Annual report on the Civil Veterinary Department, Burma (including the Insein Veterinary School) - 1910-1922
Year: 1910
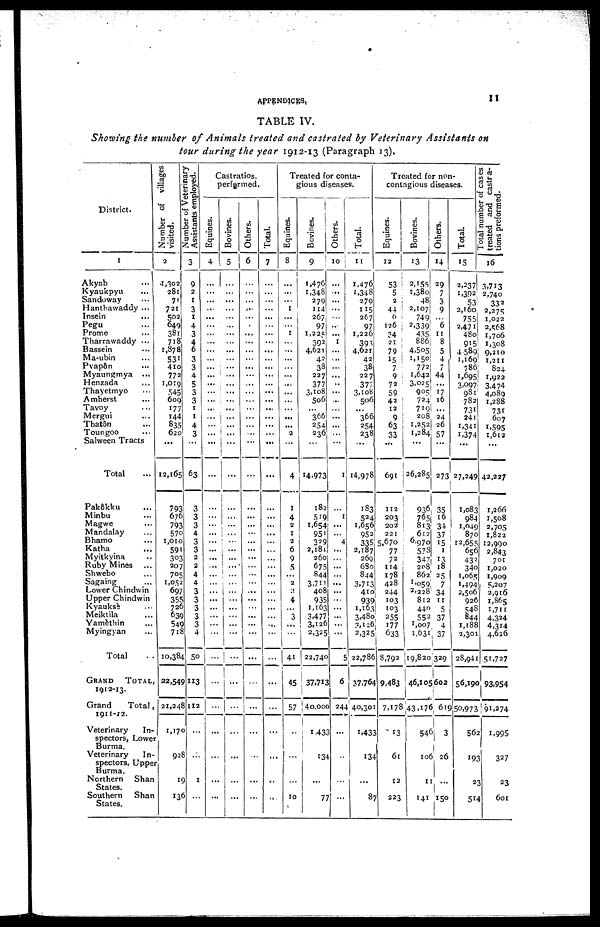
APPENDICES,
11
TABLE IV.
Showing the number of Animals treated and castrated by Veterinary Assistants on
tour during the year 1912-13 (Paragraph 13).
District.
1
Akyab ...
Kyaukpyu ...
Sandoway ...
Hanthawaddy ...
Insein ...
Pegu
Prome ...
Tharrawaddy ...
Bassein ...
Ma-ubin ...
Pyapôn ...
Myaungmya ...
Henzada ...
Thayetmyo ...
Amherst
Tavoy ...
Mergui ...
Thatôn ...
Toungoo ...
Salween Tracts
Total
Number of villages
visited.
2
1,302
281
71
721
502
649
381
718
1,378
531
410
772
1,019
545
6O9
177
144
835
620
...
I2,165
Number of Veterinary
Assistants employed.
3
9
2
1
3
1
4
3
4
6
3
3
4
5
3
3
1
1
4
3
63
Castratios.
performed.
Equines.
4
...
...
...
...
...
...
...
...
...
...
...
...
...
...
...
...
...
...
...
...
...
Bovines.
5
...
...
...
...
...
...
...
...
...
...
...
i ...
...
...
...
...
...
...
...
...
...
Others.
6
...
...
...
...
...
...
...
...
...
...
...
...
...
...
...
...
...
...
...
...
Total.
7
...
...
...
...
...
...
...
...
...
...
...
...
...
...
...
...
...
...
...
...
...
Treated for conta-
gious diseases.
Equines.
8
...
...
...
1
...
...
...
...
...
...
...
...
...
...
...
...
...
...
2
...
4
Bovines.
9
1,476
1,348
279
114
267
97
1,225
392
4,621
42
38
227
377
3,108
506
...
366
254
236
...
14,973
Others.
10
...
...
...
...
...
...
...
1
...
...
...
...
...
...
...
...
...
...
...
...
1
Total.
11
1,476
1,348
270
115
267
97
1,226
393
4,621
42
38
227
377
3,108
506
...
366
254
238
...
14,978
Treated for non-
contagious diseases.
Equines.
12
53
5
2
44
6
126
24
21
79
15
7
9
72
59
42
12
9
63
33
...
691
Bovines.
13
2,155
1,380
48
2,107
749
2,339
435
886
4,505
1,150
772
1,642
3,025
905
724
719
208
1,252
1,284
...
26,285
Others.
14
29
7
3
9
...
6
11
8
5
4
7
44
...
17 ib
i...
24
26
57 ...
273
Total.
15
2,237
1,392
53
2,160
755
2,471
480
915
4,5 89
1,169
786
1,695
3,097
981
782
731
241
1,341
1,374
...
27,249
Total number of cases
treated and castra-
tions preformed.
16
3,713
2,740
332
2,275
1,022
2,568
1,706
1,308
9,210
1,211
824
1,922
3,474-
4,089
1,288
731
607
1,595
I,612
...
42,227
Pakôkku ...
Minbu ...
Magwe ...
Mandalay ...
Bhamo ...
Katha ...
Myitkyina ...
Ruby Mines
Shwebo ...
Sagaing ...
Lower Chindwin
Upper Chindwin
Kyauksè ...
Meiktila ...
Yamèthin ...
Myingyan ...
Total ...
GRAND TOTAL,
1912-13.
Grand
Total,
Veterinary
In-
spectors, Lower
Burma.
Veterinary
In-
spectors, Upper
Burma.
Northern
Shan
States.
Southern
Shan
States.
793
676
793
570
1,010
591
303
207
7°5
1,052
697
355
726
639
549
718
10,384
22,549
21,248
1,170
928
19
136
3
3
3
4
3
3
2
2
4
4
3
3
3
3
3
4
50
113
112
...
...
1
...
...
...
...
...
...
...
...
...
...
...
...
...
...
...
...
...
...
...
...
...
...
...
...
...
...
...
...
...
...
...
...
...
...
...
...
...
...
...
...
...
...
...
...
...
...
...
...
...
...
...
...
...
...
...
...
...
...
...
...
...
...
...
...
...
...
...
...
....
...
...
...
...
...
...
...
...
...
...
...
...
...
...
...
...
...
...
...
...
10
I
4
2
1
2
6
9
5
...
2
2
4
...
3
...
...
41
45
57
...
...
...
10
182
519
1,654
951
329
2,181
260
675
844
3,711
408
935
1,163
3,477
3,126
2,325
22,740
37,713
4o,ooo
1432
134
...
77
...
1
...
...
4
...
...
...
...
...
...
...
...
...
...
...
5
6
244
...
...
...
...
183
524
1,656
952
335
2,187
269
680
844
3,713
410
939
1,163
3,48o
3,126
2,325
22,786
37,764
40,301
1,433
134
...
87
112
203
202
221
5,670
77
72
114
178
428
244
103
103
255
177
633
8,792
9,483
7,178
13
61
12
223
936
765
813
612
6,970
573
347
208
862
1,059
2,228
812
440
552
1007
1,631
19,820
46,105
43,170
54
10
1
141
35
16
34
37
15
1
13 18
25
7
34
11
5
37
4
37
329
5,602
619
3
26
...
150
1,083
984
1,049
870
12,655
656
433
34o
1,065
1,494
2,506
926
548
844
1,188
2,301
28,941
56,190
5o,973
562
193
21
514
1,266
1,508
2,705
1,822
12,990
2,843
701
1,020
1,909
5,207
2,916
1,865
1,711
4,324
4,314
4,626
51727
93,954
i
91,274
1,995
327
1
23
601